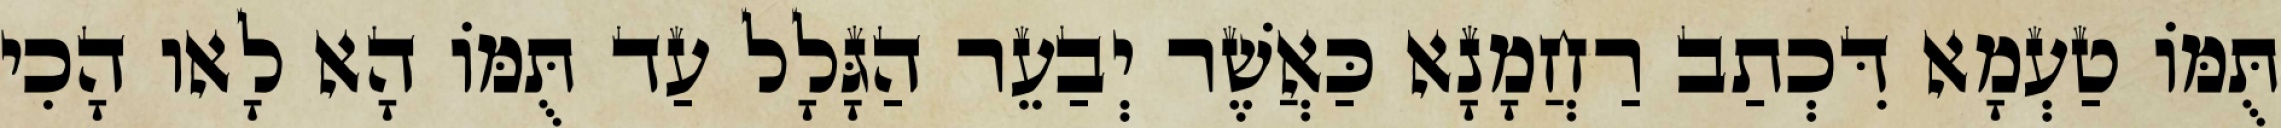
תֻּמּוֹ טַעְמָא דִּכְתַב רַחֲמָנָא כַּאֲשֶׁר יְבַעֵר הַגָּלָל עַד תֻּמּוֹ הָא לָאו הָכִי